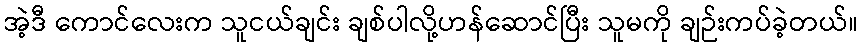
အဲ့ဒီ ကောင်လေးက သူငယ်ချင်း ချစ်ပါလို့ဟန်ဆောင်ပြီး သူမကို ချဉ်းကပ်ခဲ့တယ်။